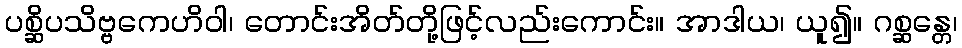
ပစ္ဆိပသိဗ္ဗကေဟိဝါ၊ တောင်းအိတ်တို့ဖြင့်လည်းကောင်း။ အာဒါယ၊ ယူ၍။ ဂစ္ဆန္တေ၊